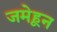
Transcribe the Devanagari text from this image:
जमेहून